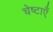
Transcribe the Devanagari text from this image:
चेष्टाएॅं